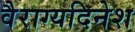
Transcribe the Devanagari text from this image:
वैराग्यदिनेश